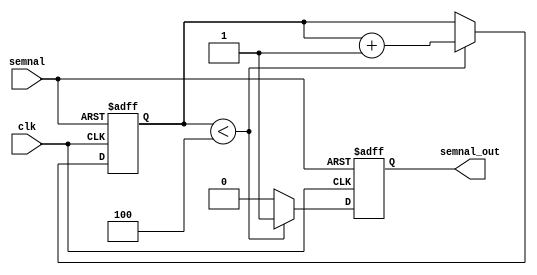
module intarziere_semnal(
    input semnal,
    input clk, // clk de 1Hz
    output reg semnal_out
);

reg [2:0] counter;

initial begin 
    semnal_out = 1'b0; 
    counter = 3'b000;
end

always @(posedge clk or posedge semnal) begin
    if (semnal) begin
        counter <= 3'b000; // Reset counter daca semnal este activ
        semnal_out <= 1'b1; // Daca semnal este activ, semnal_out este activ
    end else begin
        if (counter < 3'b100) begin // Daca contorul nu a ajuns la 4
            counter <= counter + 3'b001;
            semnal_out <= 1'b1; // Mentine semnal_out activ n timpul numararii
        end else begin
            semnal_out <= 1'b0; // Dupa 4 secunde, semnal_out devine 0
        end
    end
end

endmodule